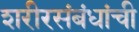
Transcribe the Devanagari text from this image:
शरीरसंबंधांची